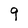
Character: 9